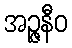
အဉ္ဇနီဝ